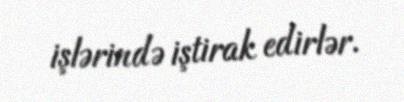
işlərində iştirak edirlər.